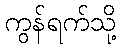
ကွန်ရက်သို့